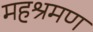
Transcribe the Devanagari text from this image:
महश्रमण